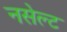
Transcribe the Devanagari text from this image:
नसेल्ट